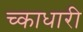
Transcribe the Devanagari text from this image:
च्काधारी